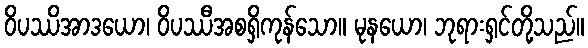
ဝိပဿိအာဒယော၊ ဝိပဿီအစရှိကုန်သော။ မုနယော၊ ဘုရားရှင်တို့သည်။